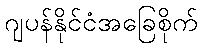
ဂျပန်နိုင်ငံအခြေစိုက်